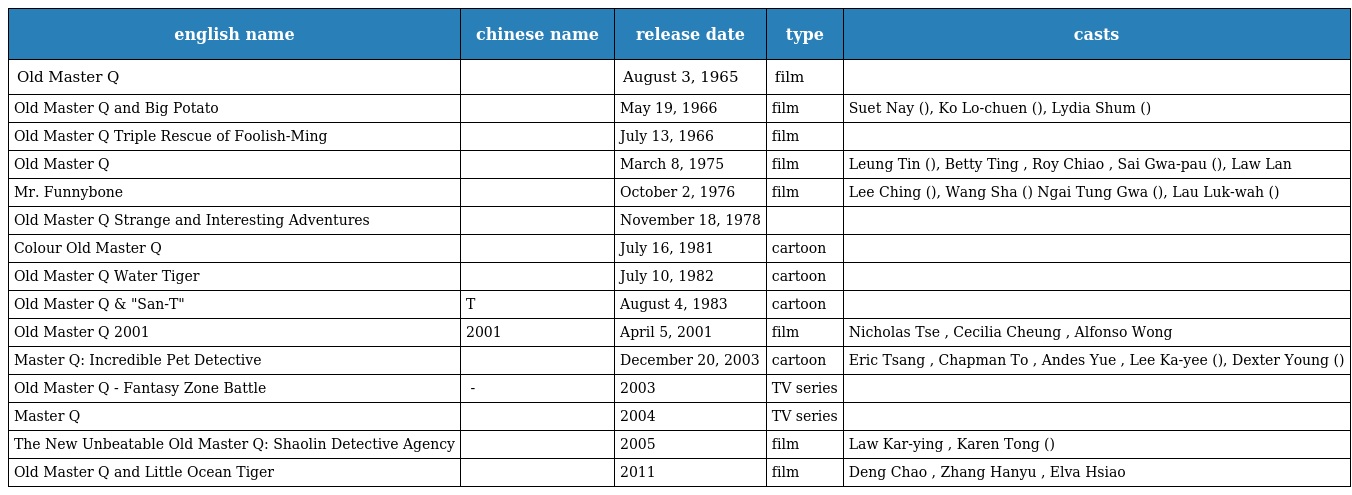
| english name | chinese name | release date | type | casts |
 | --- | --- | --- | --- | --- |
 | Old Master Q | 老夫子 | August 3, 1965 | film |  |
 | Old Master Q and Big Potato | 老夫子與大蕃薯 | May 19, 1966 | film | Suet Nay (雪妮), Ko Lo-chuen (高魯泉), Lydia Shum (沈殿霞) |
 | Old Master Q Triple Rescue of Foolish-Ming | 老夫子三救傻瓜明 | July 13, 1966 | film |  |
 | Old Master Q | 老夫子 | March 8, 1975 | film | Leung Tin (梁天), Betty Ting , Roy Chiao , Sai Gwa-pau (西瓜刨), Law Lan |
 | Mr. Funnybone | 我係老夫子 | October 2, 1976 | film | Lee Ching (李菁), Wang Sha (王沙) Ngai Tung Gwa (矮冬瓜), Lau Luk-wah (劉陸華) |
 | Old Master Q Strange and Interesting Adventures | 老夫子奇趣錄 | November 18, 1978 |  |  |
 | Colour Old Master Q | 七彩老夫子 | July 16, 1981 | cartoon |  |
 | Old Master Q Water Tiger | 老夫子水虎傳 | July 10, 1982 | cartoon |  |
 | Old Master Q & "San-T" | 山T老夫子 | August 4, 1983 | cartoon |  |
 | Old Master Q 2001 | 老夫子2001 | April 5, 2001 | film | Nicholas Tse , Cecilia Cheung , Alfonso Wong |
 | Master Q: Incredible Pet Detective | 老夫子反斗偵探 | December 20, 2003 | cartoon | Eric Tsang , Chapman To , Andes Yue , Lee Ka-yee (利嘉兒), Dexter Young (楊天經) |
 | Old Master Q - Fantasy Zone Battle | 老夫子 - 幻想區域争斗 | 2003 | TV series |  |
 | Master Q | 老夫子 | 2004 | TV series |  |
 | The New Unbeatable Old Master Q: Shaolin Detective Agency | 無敵老夫子新傳：少林偵探社 | 2005 | film | Law Kar-ying , Karen Tong (湯寳如) |
 | Old Master Q and Little Ocean Tiger | 老夫子之小水虎传奇 | 2011 | film | Deng Chao , Zhang Hanyu , Elva Hsiao |